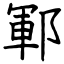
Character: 鄆